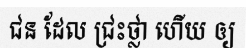
ជន ដែល ជ្រះថ្លា ហើយ ឲ្យ